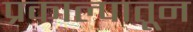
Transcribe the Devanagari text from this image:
प्रकाल्पातून